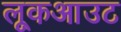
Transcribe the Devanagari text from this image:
लूकआउट